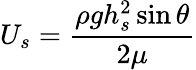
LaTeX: U_{s}=\frac{\rho gh_{s}^{2}\sin\theta}{2\mu}